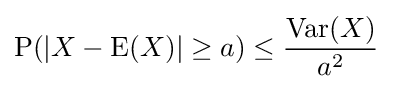
\operatorname {P} (|X-\operatorname {E} (X)|\geq a)\leq {\frac {\operatorname {Var} (X)}{a^{2}}}